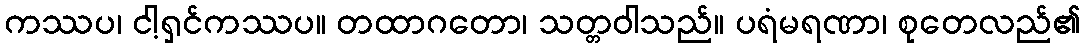
ကဿပ၊ ငါ့ရှင်ကဿပ။ တထာဂတော၊ သတ္တဝါသည်။ ပရံမရဏာ၊ စုတေလည်၏